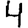
Digit: 4